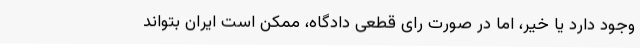
وجود دارد یا خیر، اما در صورت رای قطعی دادگاه، ممکن است ایران بتواند